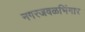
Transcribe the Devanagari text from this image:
नगरजवळभिंगार